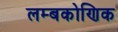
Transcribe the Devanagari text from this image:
लम्बकोणिक